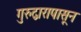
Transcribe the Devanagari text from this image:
गुरुद्वारापासून